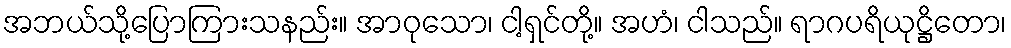
အဘယ်သို့ပြောကြားသနည်း။ အာဝုသော၊ ငါ့ရှင်တို့။ အဟံ၊ ငါသည်။ ရာဂပရိယုဋ္ဌိတော၊